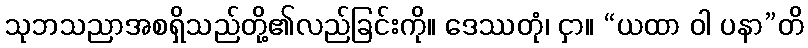
သုဘသညာအစရှိသည်တို့၏လည်ခြင်းကို။ ဒေဿတုံ၊ ငှာ။ “ယထာ ဝါ ပနာ”တိ